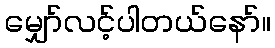
မျှော်လင့်ပါတယ်နော်။